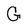
Character: G